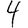
Digit: 4